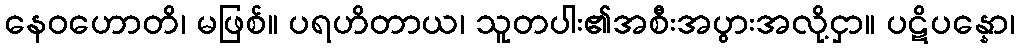
နေဝဟောတိ၊ မဖြစ်။ ပရဟိတာယ၊ သူတပါး၏အစီးအပွားအလို့ငှာ။ ပဋိပန္နော၊